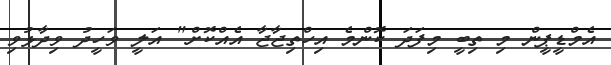
އެމްޑީޕީން މި ތިބީ މިފަދަ ކޮންމެ އިހްތިޖާޖާ އެއްކޮށް" އަލީ ވަހީދު ވިދާޅުވި